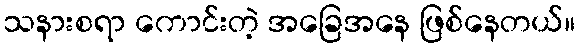
သနားစရာ ကောင်းတဲ့ အခြေအနေ ဖြစ်နေတယ်။